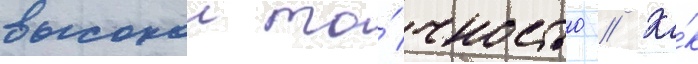
высокои то́чностью // Ка́к